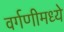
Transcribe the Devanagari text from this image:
वर्गणीमध्ये